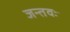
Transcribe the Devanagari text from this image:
जन्तवः